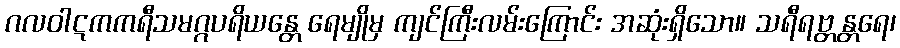
ဂလဝါဋကကရီသမဂ္ဂပရိယန္တေ ရေမျိုမှ ကျင်ကြီးလမ်းကြောင်း အဆုံးရှိသော။ သရီရဗ္တန္တရေ၊